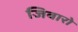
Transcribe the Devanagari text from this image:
जिवारो